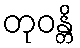
တုဝန္တိ